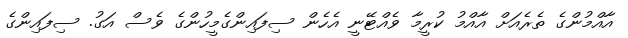
އާއްމުންގެ ތެރެއަށް އާއްމު ކުރީމާ ވެއްޓޭނީ އެހެން ސިފައިންގެމީހުންގެ ވެސް އަގު. ސިފައިންގެ